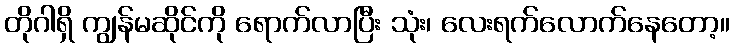
တိုဂါရှိ ကျွန်မဆိုင်ကို ရောက်လာပြီး သုံး၊ လေးရက်လောက်နေတော့။